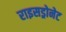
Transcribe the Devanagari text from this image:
राइसड्रोनेट